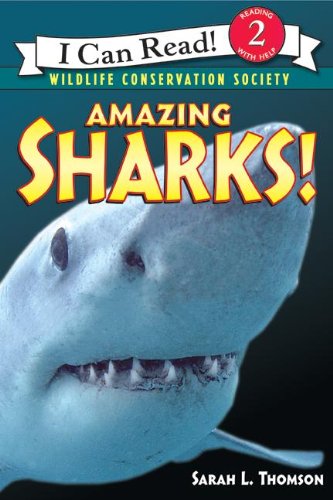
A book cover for Amazing Sharks! (I Can Read Level 2); Sarah L. Thomson; Children's Books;